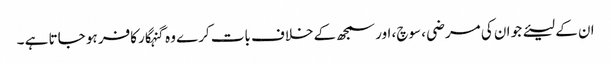
ان کے لیئے جو ان کی مرضی ، سوچ، اور سمجھ کے خلاف بات کرے وہ گنہگار کافر ہو جاتا ہے ۔